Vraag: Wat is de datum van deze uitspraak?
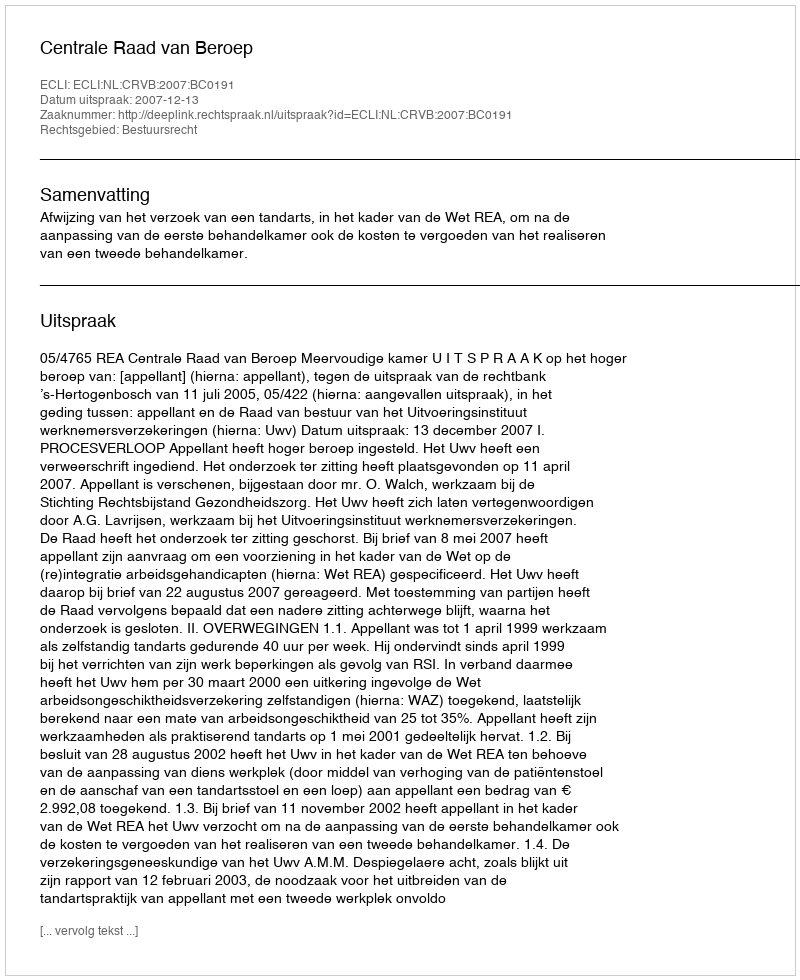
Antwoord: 2007-12-13